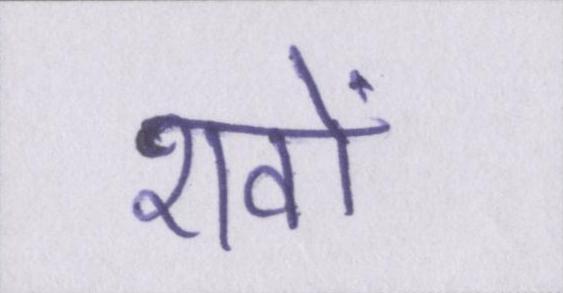
शवों